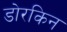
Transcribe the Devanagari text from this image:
डोरकिन